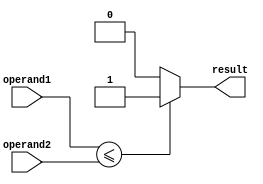
module less_than_or_equal(
    input wire [7:0] operand1,
    input wire [7:0] operand2,
    output reg result
);

always @*
begin
    if(operand1 <= operand2)
        result = 1;
    else
        result = 0;
end

endmodule